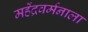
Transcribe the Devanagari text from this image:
महेंद्रवर्मनाला